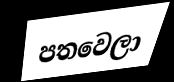
පතවෙලා